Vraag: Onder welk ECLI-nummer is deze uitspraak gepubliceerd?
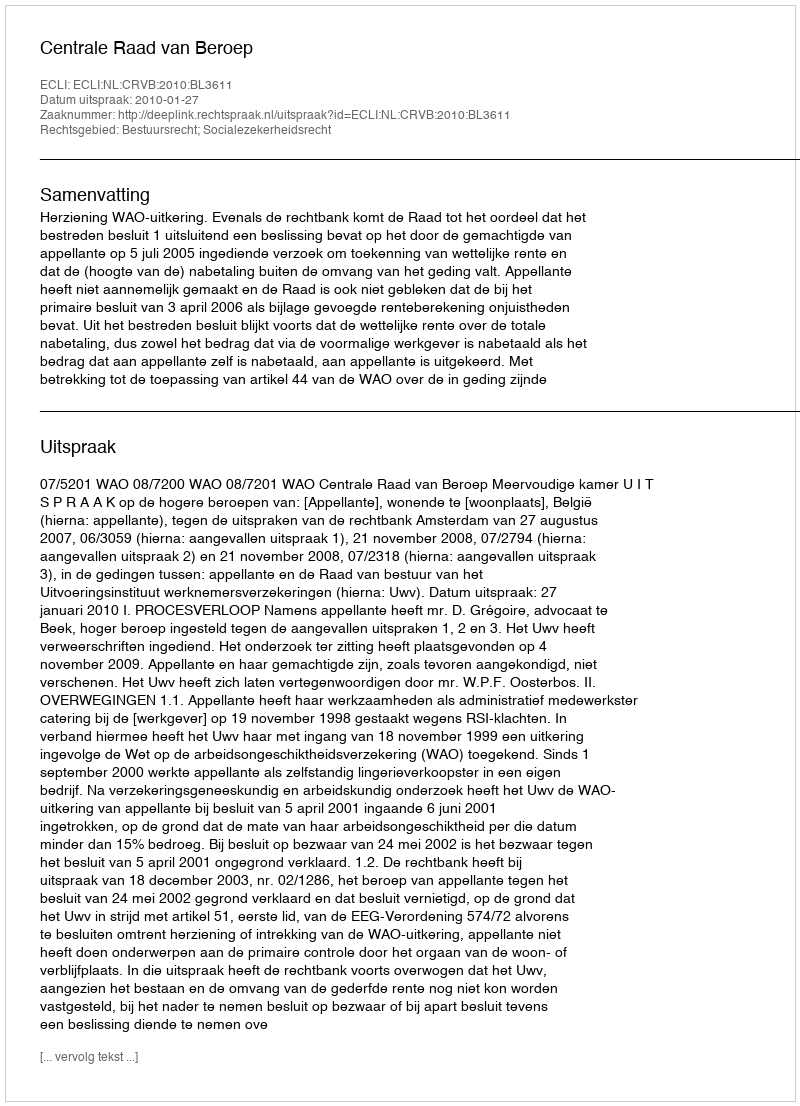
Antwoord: ECLI:NL:CRVB:2010:BL3611